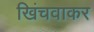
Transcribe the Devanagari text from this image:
खिंचवाकर